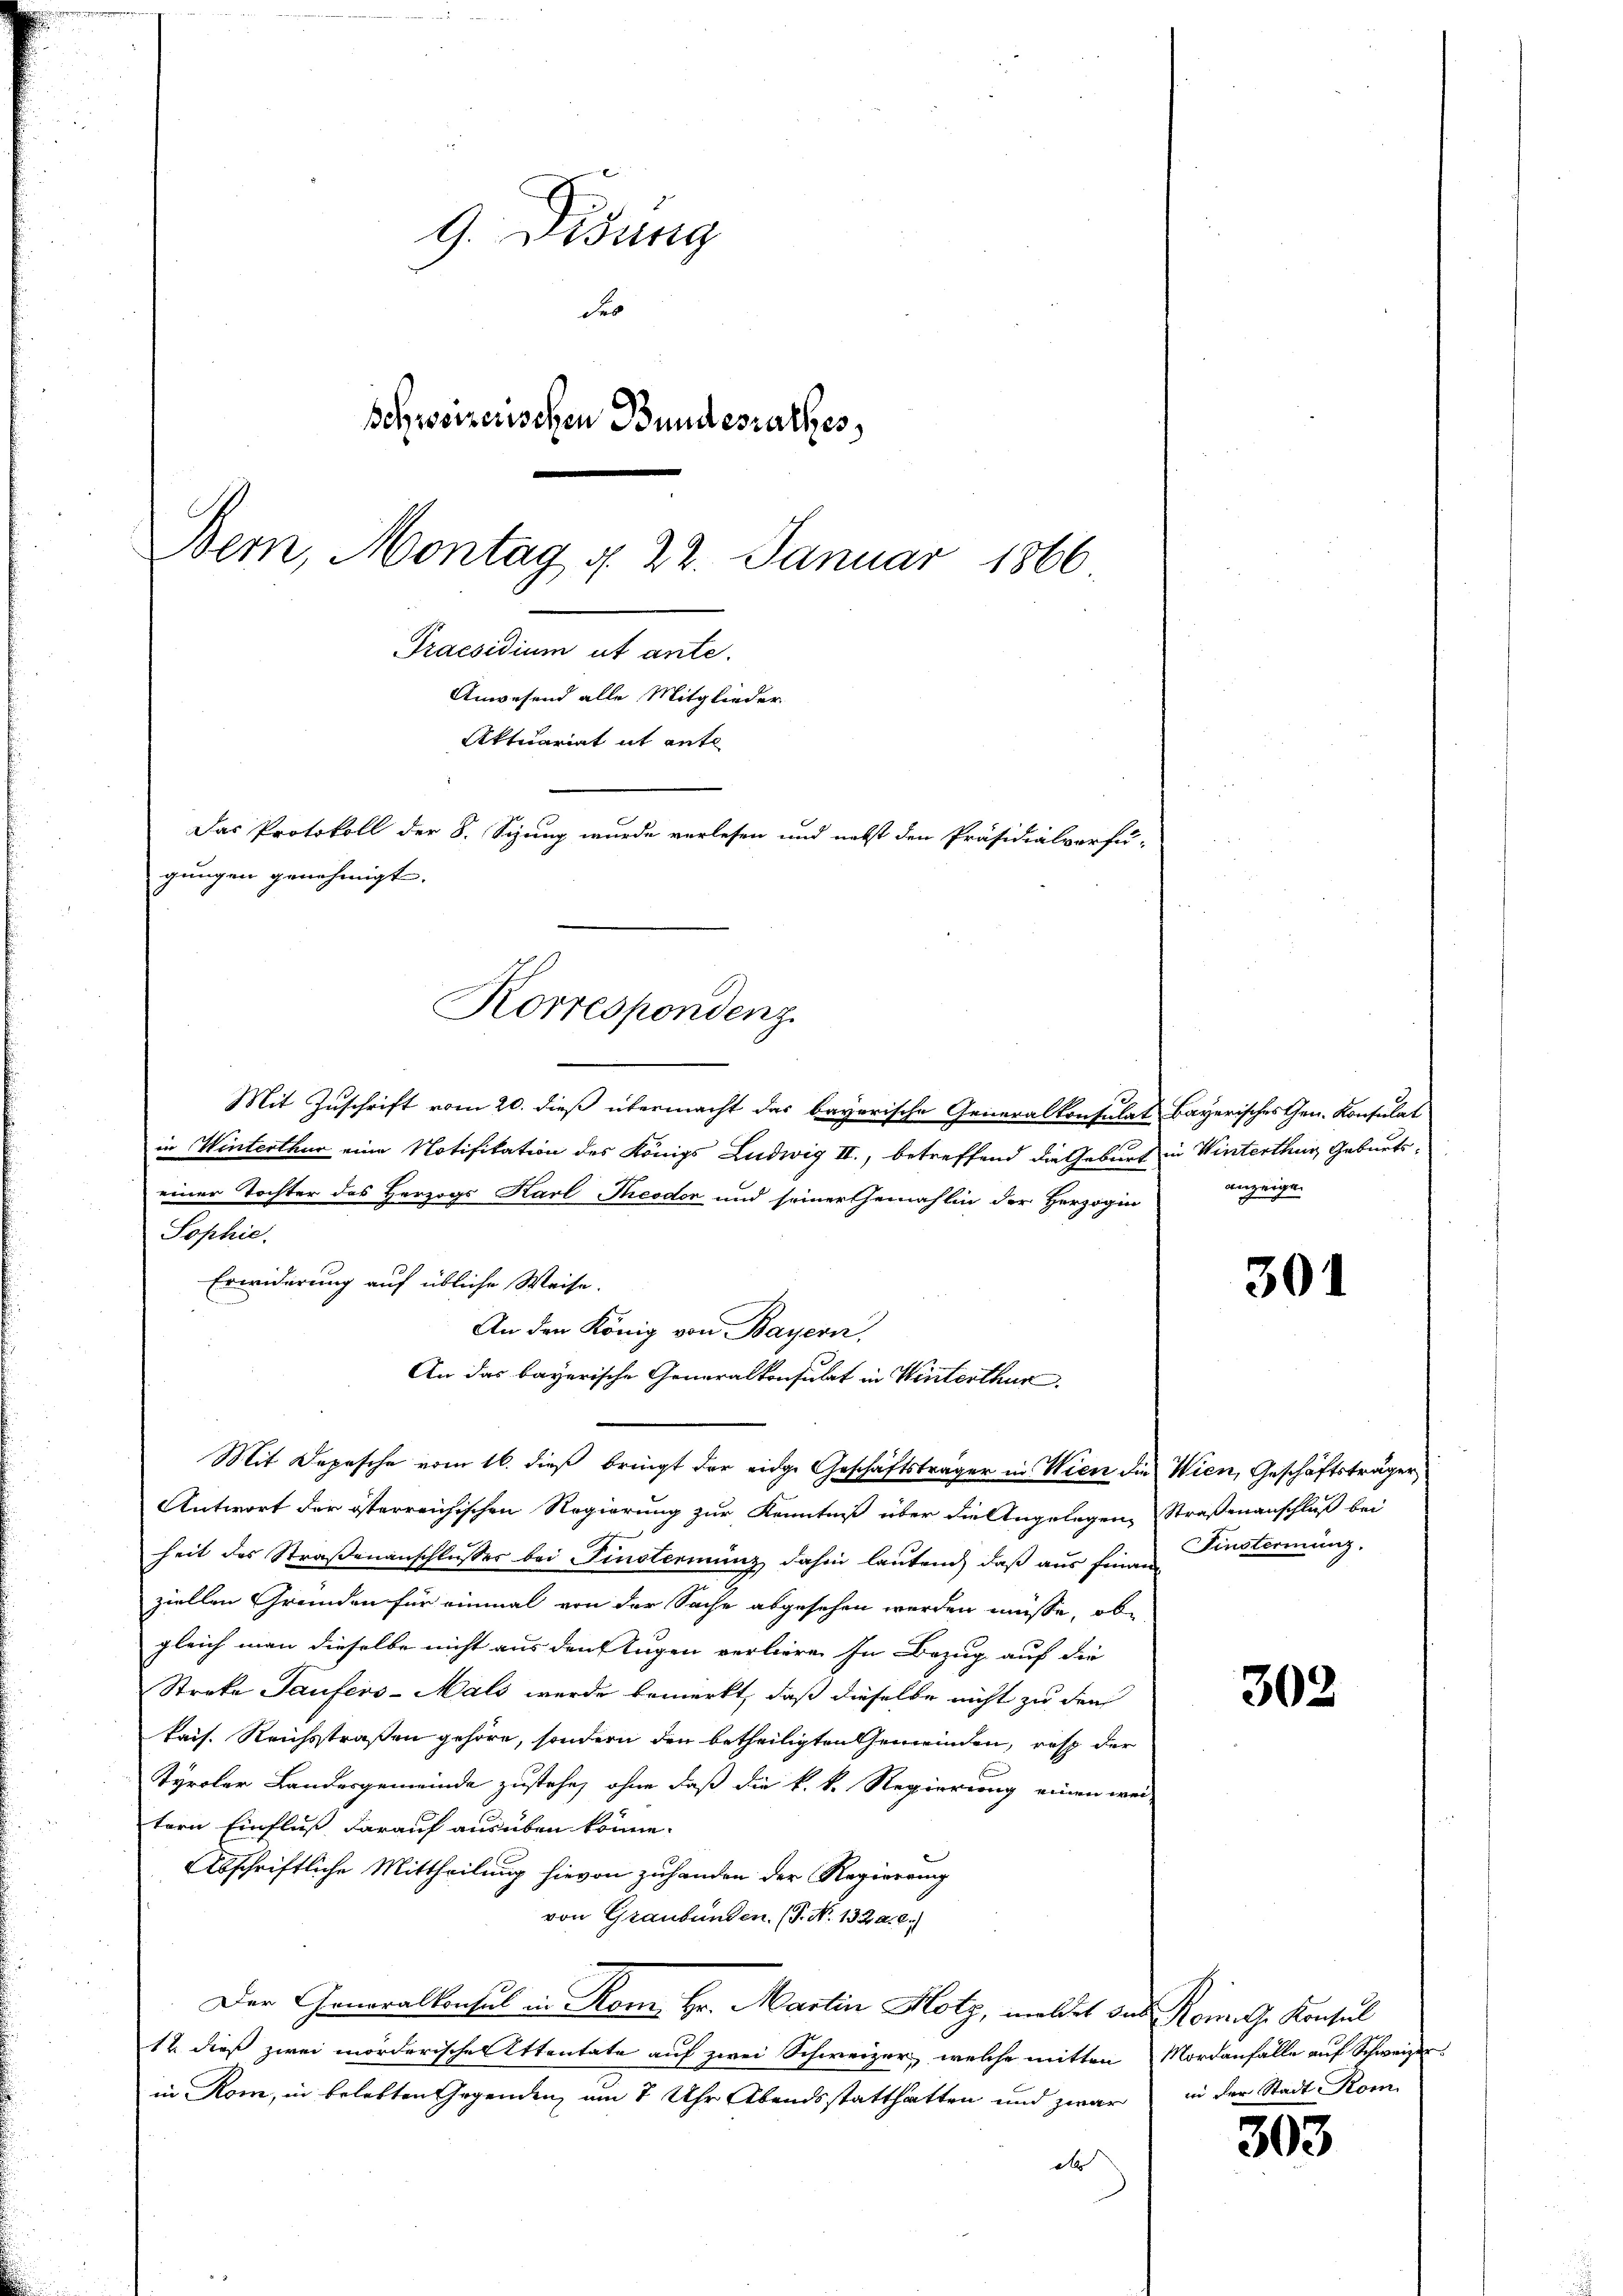
9. Disung
deo
schweizerischen Bundesrathes
Bern, Montag d. 22. Januar 1866
Praesiduum
Anwesend alle Mitglieder
Aktuariat it ente
Das Protokoll der 8. Sizung wurde verlesen und nebst den Präsidialvorfu-
gungen genehmigt.

Mit Zuschrift vom 20. dieß übermacht das bayerische Generalkonsulat bayerisches Gen. Konsulat
in Winterthur eine Notifikation des Königs Ludwig II., betreffend die Geburt in Winterthur, Geburtseiner Tochter des Herzogs Karl Theodor und seiner Gemahlin der Herzogin
Sophie.
Erwiderung auf übliche Weise.
An den König von Bayern,
An das bayerische Generalkonsulat in Winterthur.
Mit Depesche vom 16. dieß bringt der eidge Geschäftsträger in Wien die Wien, Geschäftsträger
Antwort der österreichischen Regierung zur Kenntniß über die Angelegen Straßenanschluß bei
heit des Straßenanschlusser bei Finsterminz dahin lautend, daß aus finan Finsterung,
ziellen Gründen für einmal von der Sache abgesehen werden müsse, ob
gleich man dieselbe nicht aus den Augen verlieren In Bezug auf die
Streke Taufers-Mals werde bemerkt, daß dieselbe nicht zu den
kais. Reichsstraßen gehöre, sondern den betheiligten Gemeinden, resp der
Tyroler Landesgemeinde zustehe, ohne daß die k. k. Regierung einen wei-
tern Einfluß darauf ausüben könne.
Abschriftliche Mittheilung hievon zuhanden der Regierung
von Graubünden. (T. No. 13240.
Der Generalkonsul in Rom. Hr. Martin Hotz, meldet das Romals Konsul
12. dieß zwei morderischen Ettentate auf zwei Schweizer, welche mitten Mordanfälle auf Schweizer
in Rom, in belebten Gegenden, um 7 Uhr Abendsstatthatten und zwar
d

Korrespondenz.

anzeigen

301

302

in der Stadt Kom

303